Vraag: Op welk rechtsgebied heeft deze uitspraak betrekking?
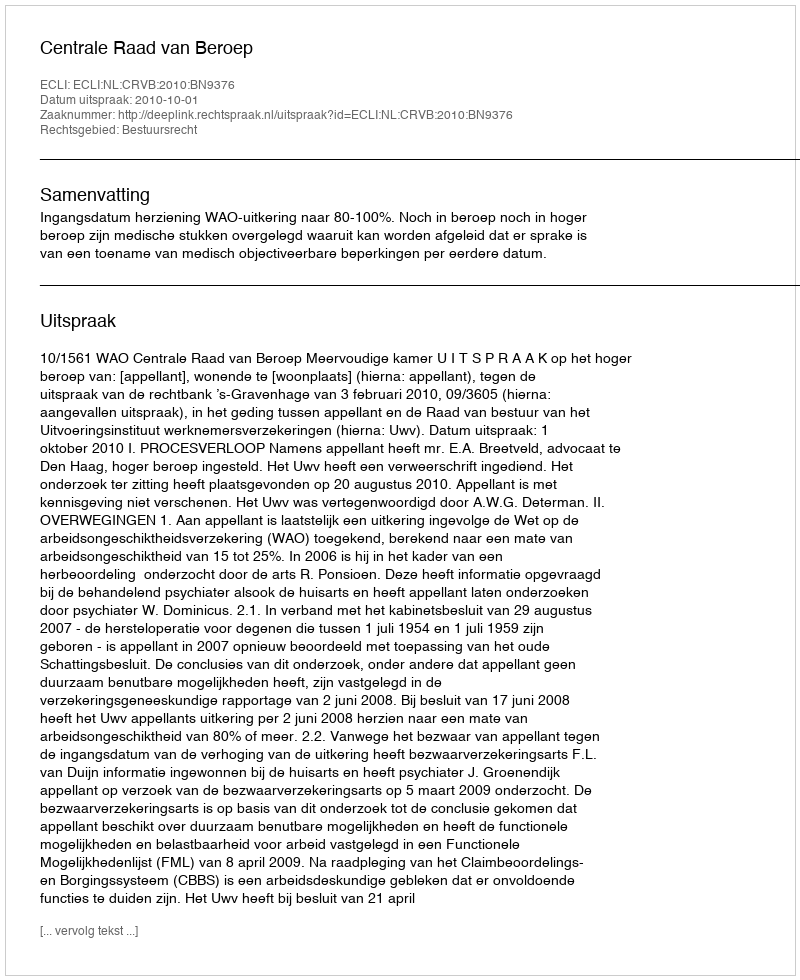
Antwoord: Bestuursrecht